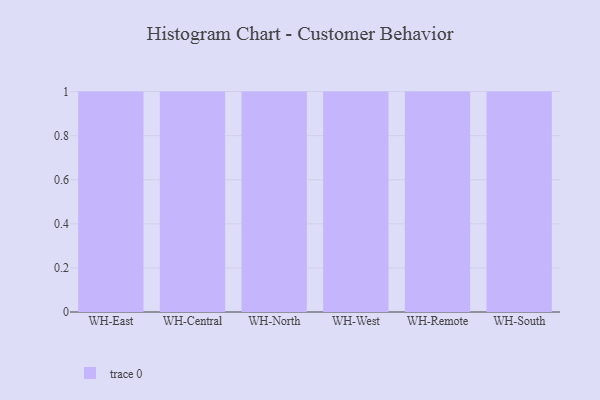
{"axis": {"x": "Warehouse", "y": "Humidity (%)"}, "legend": [""], "data": [{"x": "WH-East", "y": 90, "type": ""}, {"x": "WH-Central", "y": 62, "type": ""}, {"x": "WH-North", "y": 7, "type": ""}, {"x": "WH-West", "y": 11, "type": ""}, {"x": "WH-Remote", "y": 82, "type": ""}, {"x": "WH-South", "y": 84, "type": ""}]}